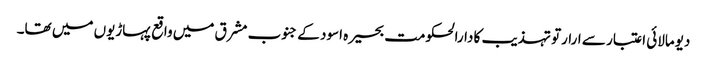
دیومالائی اعتبار سے ارارتو تہذیب کا دارالحکومت بحیرہ اسود کے جنوب مشرق میں واقع پہاڑیوں میں تھا۔